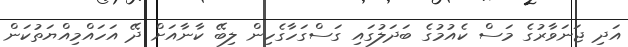
އަދި ޖަނަވާރުގެ މަސް ކެއުމުގެ ބަދަލުގައި ގަސްގަހާގެހިން ލިބޭ ކާނާއަށް ދޭ އަހައްމިއްޔަތުކަން